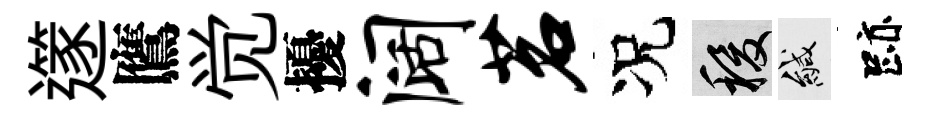
𨗹鷹觉擾阔茗况稷緘跡